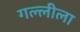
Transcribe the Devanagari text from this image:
गल्लीला